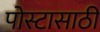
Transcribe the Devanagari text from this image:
पोस्टासाठी